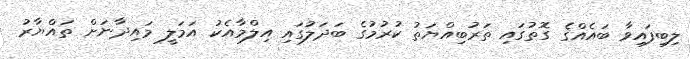
ލިބިފައިވާ ބައެއްގެ ގޮތުގައި ތަރުބިއްޔަތު ކުރުމުގެ ބަދަލުގައި އިލްމާއެކު އަމަލީ މައިދާނަށް ތައްޔާރު